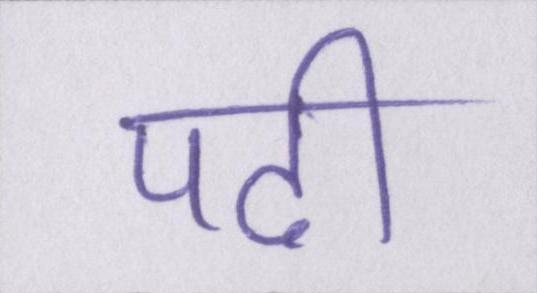
पढी